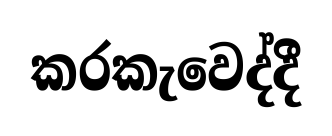
කරකැවෙද්දී